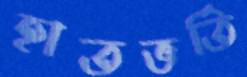
হাতভর্তি